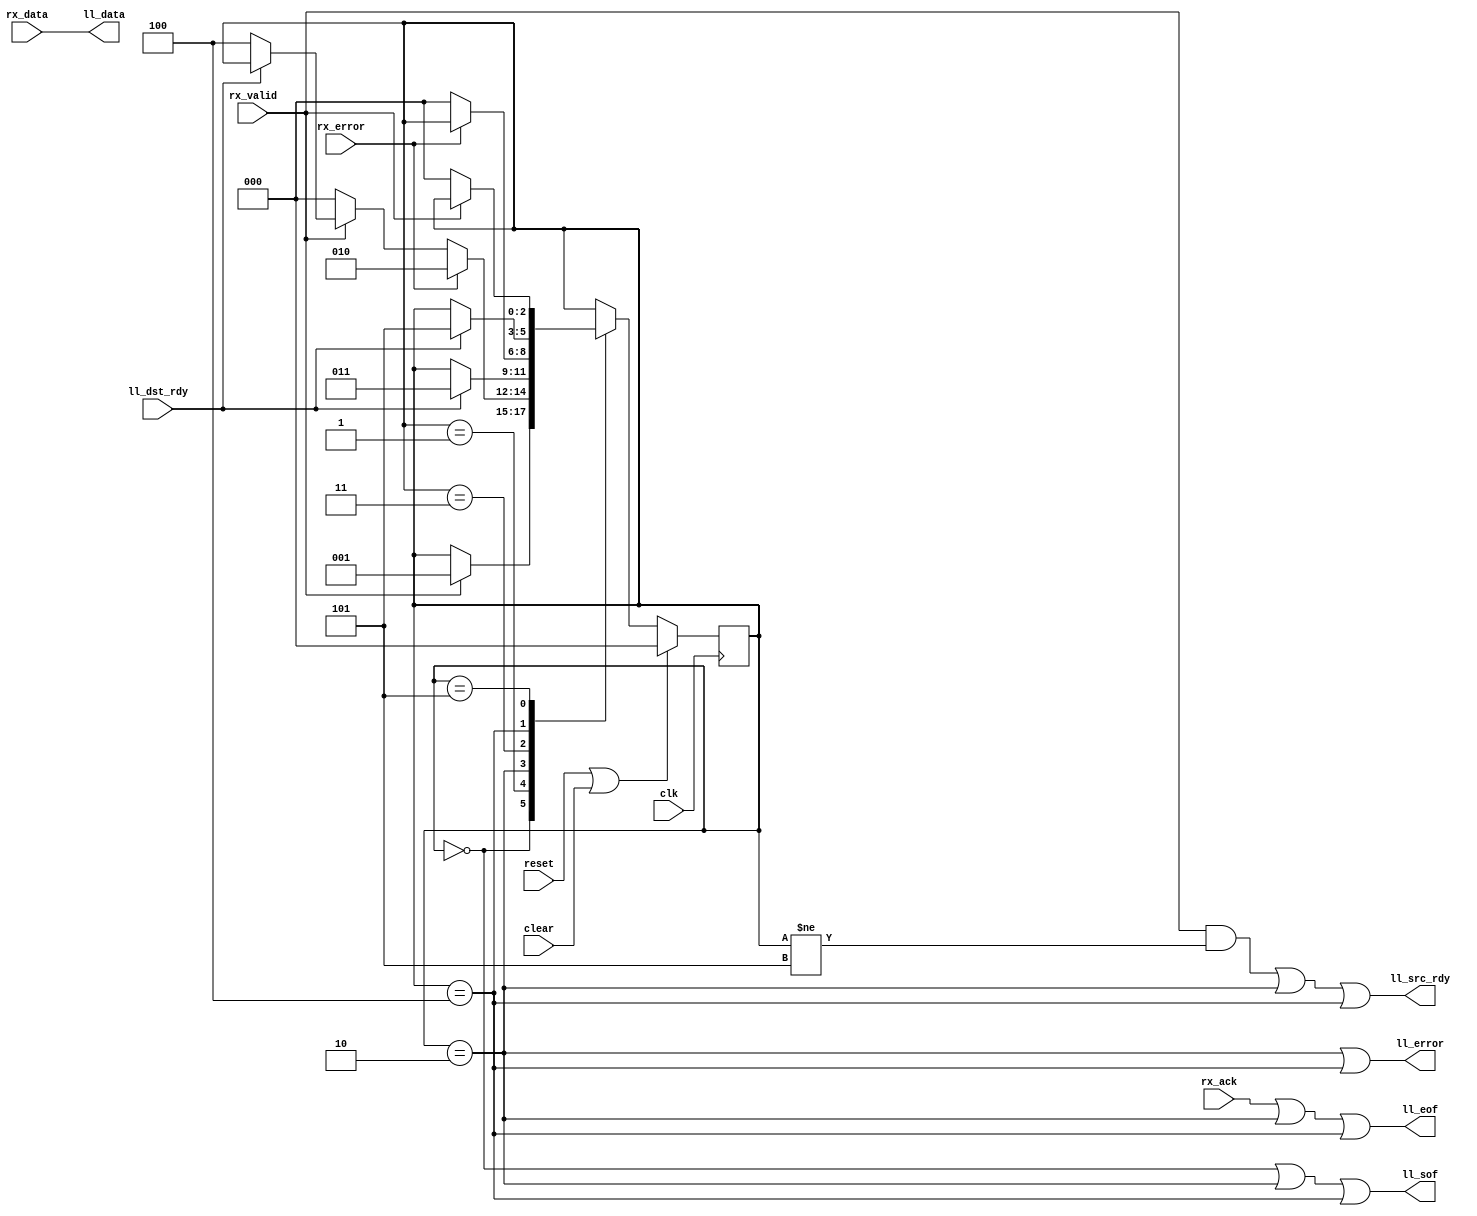

module rxmac_to_ll8
  (input clk, input reset, input clear,
   input [7:0] rx_data, input rx_valid, input rx_error, input rx_ack,
   output [7:0] ll_data, output ll_sof, output ll_eof, output ll_error, output ll_src_rdy, input ll_dst_rdy );

   reg [2:0] xfer_state;

   localparam XFER_IDLE     = 0;
   localparam XFER_ACTIVE   = 1;
   localparam XFER_ERROR    = 2;
   localparam XFER_ERROR2   = 3;
   localparam XFER_OVERRUN  = 4;
   localparam XFER_OVERRUN2 = 5;
      
   assign ll_data 	    = rx_data;
   assign ll_src_rdy 	    = ((rx_valid & (xfer_state != XFER_OVERRUN2) )
			       | (xfer_state == XFER_ERROR) 
			       | (xfer_state == XFER_OVERRUN));
   assign ll_sof 	    = ((xfer_state==XFER_IDLE)|(xfer_state==XFER_ERROR)|(xfer_state==XFER_OVERRUN));
   assign ll_eof 	    = (rx_ack | (xfer_state==XFER_ERROR) | (xfer_state==XFER_OVERRUN));
   assign ll_error 	    = (xfer_state == XFER_ERROR)|(xfer_state==XFER_OVERRUN);
   
   always @(posedge clk)
     if(reset | clear)
       xfer_state 	   <= XFER_IDLE;
     else
       case(xfer_state)
	 XFER_IDLE :
	   if(rx_valid)
	     xfer_state <= XFER_ACTIVE;
	 XFER_ACTIVE :
	   if(rx_error)
	     xfer_state <= XFER_ERROR;
	   else if(~rx_valid)
	     xfer_state <= XFER_IDLE;
	   else if(~ll_dst_rdy)
	     xfer_state <= XFER_OVERRUN;
	 XFER_ERROR :
	   if(ll_dst_rdy)
	     xfer_state <= XFER_ERROR2;
	 XFER_ERROR2 :
	   if(~rx_error)
	     xfer_state <= XFER_IDLE;
	 XFER_OVERRUN :
	   if(ll_dst_rdy)
	     xfer_state <= XFER_OVERRUN2;
	 XFER_OVERRUN2 :
	   if(~rx_valid)
	     xfer_state <= XFER_IDLE;
       endcase // case (xfer_state)

   
endmodule // rxmac_to_ll8